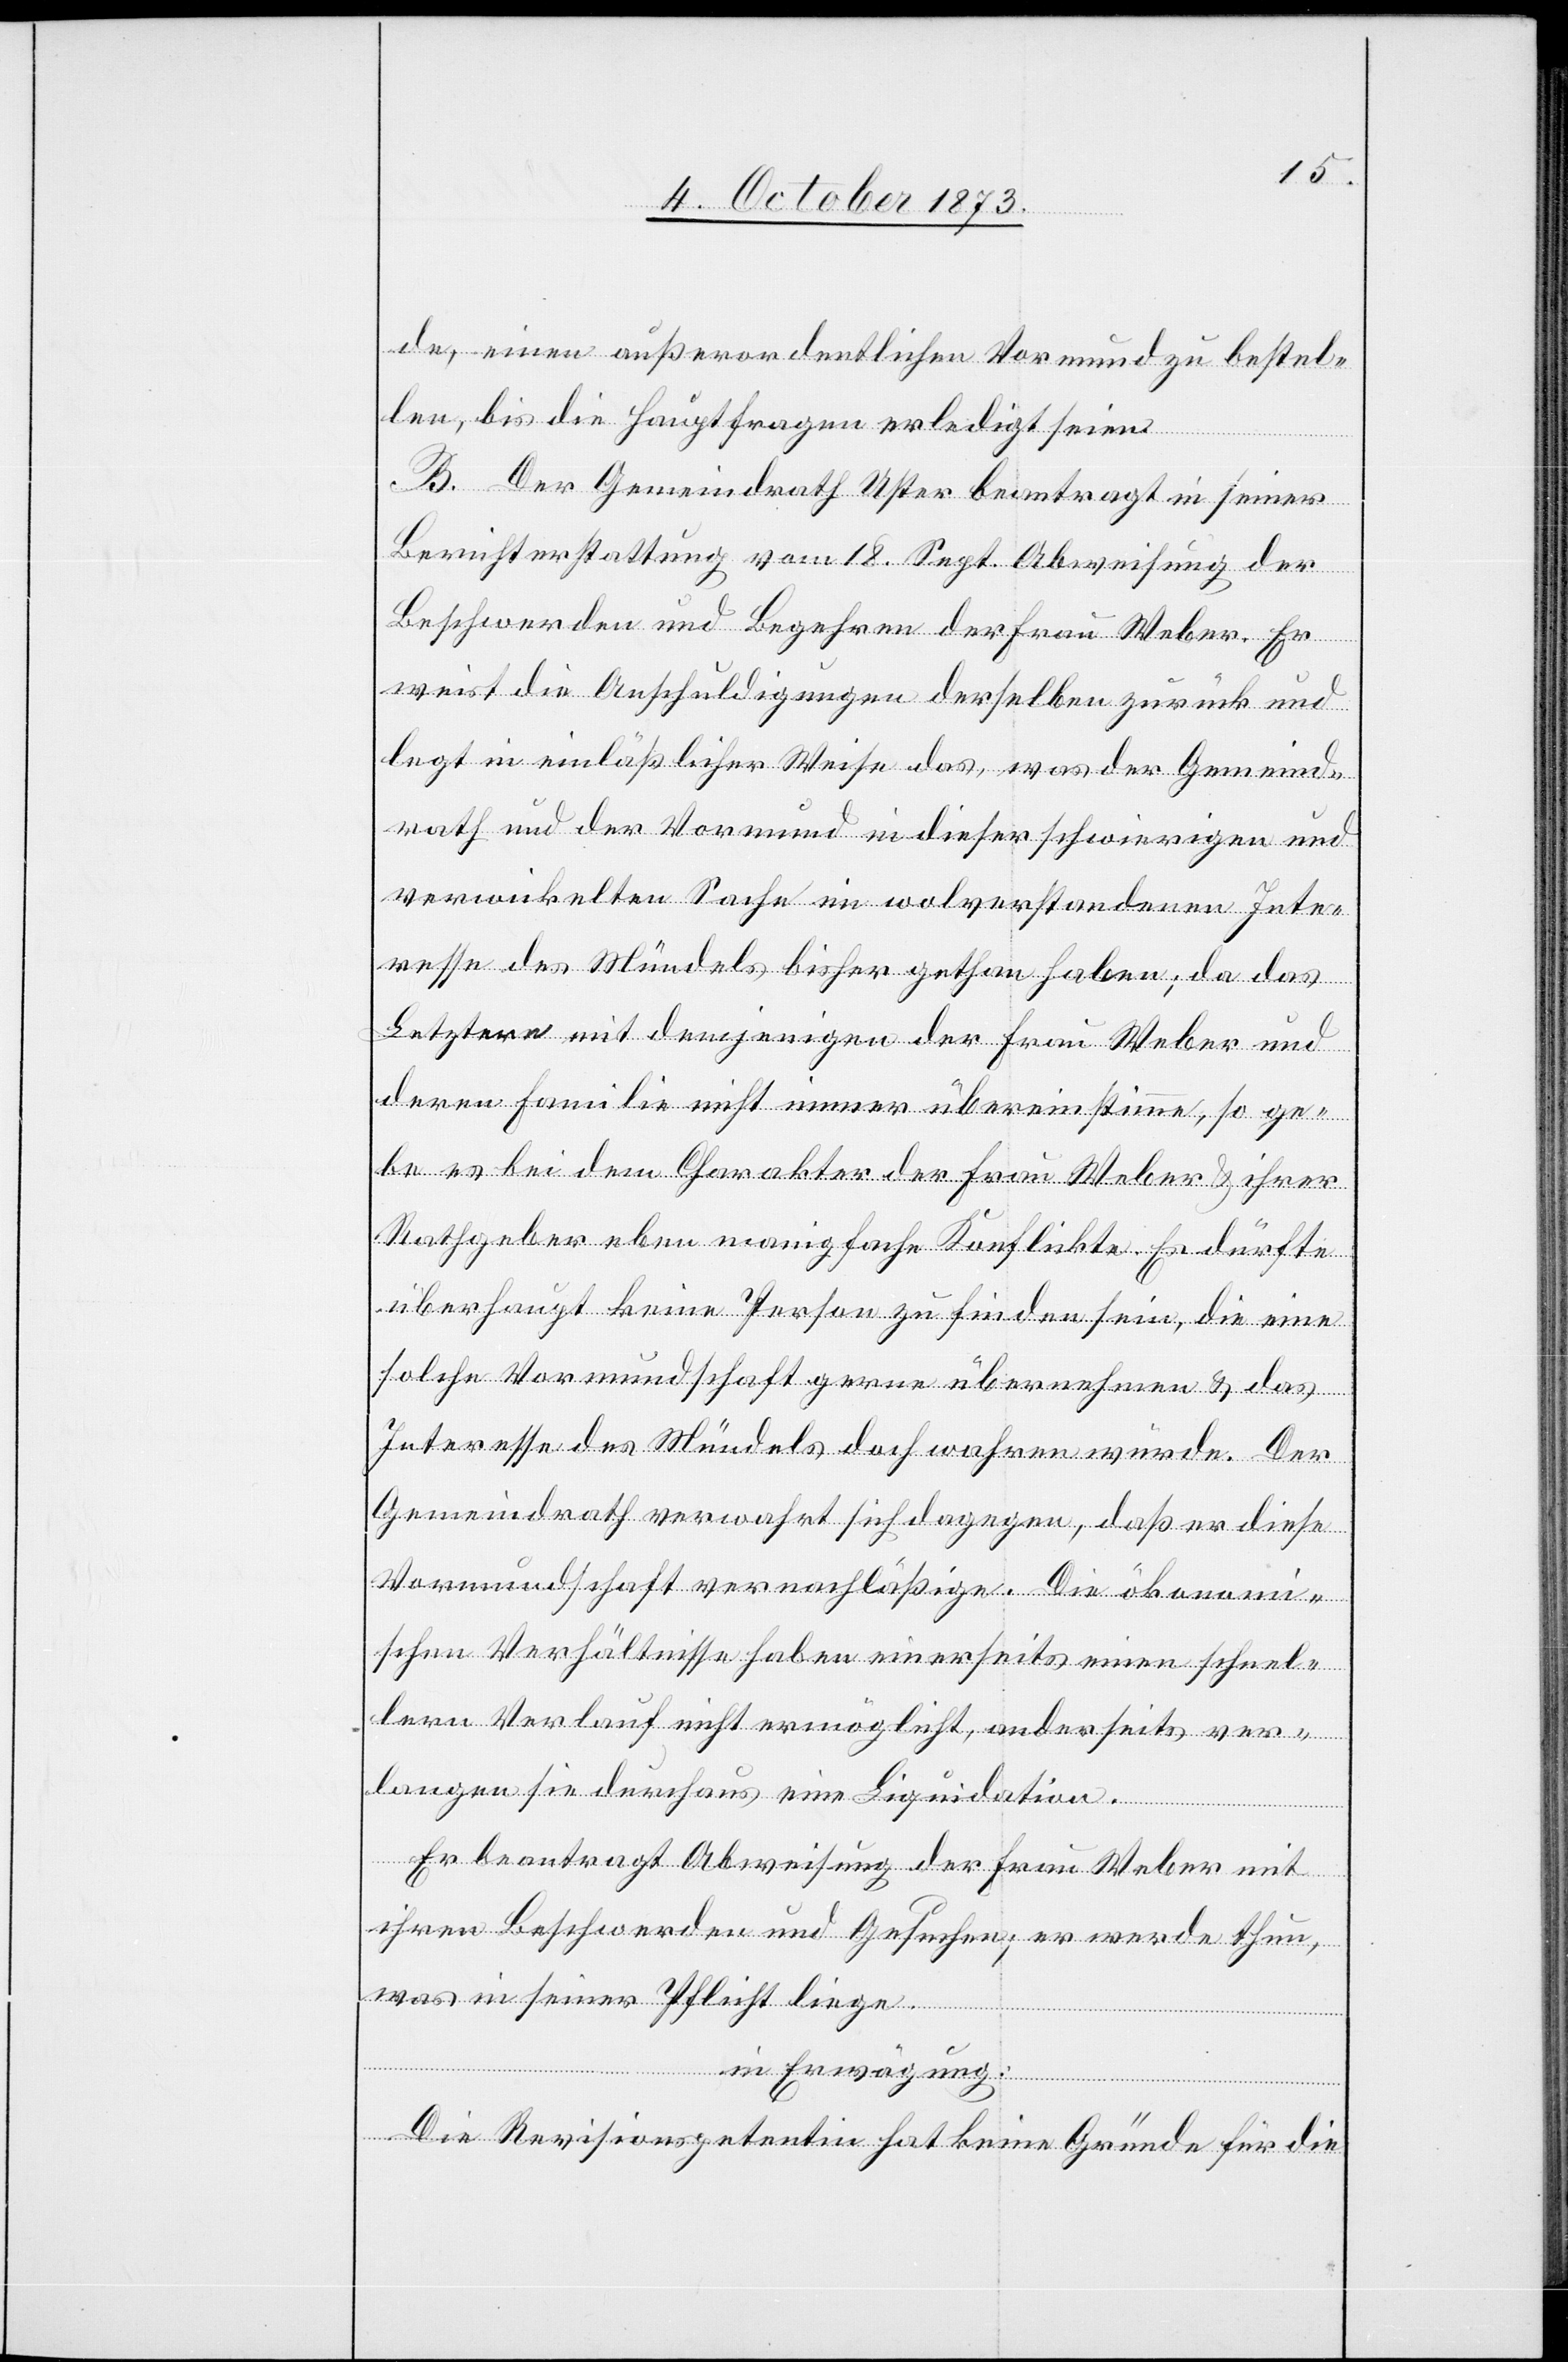
de, einen außerordentlichen Vormund zu bestel¬
len, bis die Hauptfragen erledigt seien.
B. Der Gemeindrath Uster beantragt in seiner
Berichterstattung vom 18. Sept. Abweisung der
Beschwerden und Begehren der Frau Weber. Er
weist die Anschuldigungen derselben zurück und
legt in einläßlicher Weise das [recte: dar], was der Gemeind¬
rath und der Vormund in dieser schwierigen und
verwickelten Sache im wolverstandenen Inte¬
resse des Mündels bisher gethan haben; da das
Letztere mit demjenigen der Frau Weber und
deren Familie nicht immer übereinstimme, so ge¬
be es bei dem Charakter der Frau Weber & ihrer
Rathgeber eben manigfache Konflikte. Es dürfte
überhaupt keine Person zu finden sein, die eine
solche Vormundschaft gerne übernehmen & das
Interesse des Mündels doch wahren würde. Der
Gemeindrath verwahrt sich dagegen, daß er diese
Vormundschaft vernachläßige. Die ökonomi¬
schen Verhältnisse haben einerseits einen schnel¬
lern Verlauf nicht ermöglicht, anderseits ver¬
langen sie durchaus eine Liquidation.
Er beantragt Abweisung der Frau Weber mit
ihren Beschwerden und Gesuchen; er werde thun,
was in seiner Pflicht liege.
in Erwägung:
Die Revisionspetentin hat keine Gründe für die